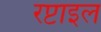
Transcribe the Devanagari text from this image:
रप्टाइल